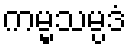
ကမ္မသမ္ပဒံ